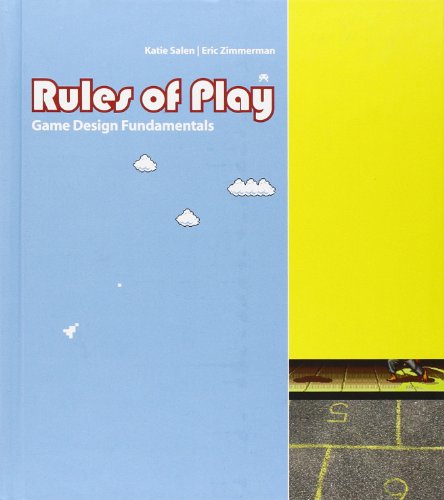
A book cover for Rules of Play: Game Design Fundamentals; Katie Salen Tekinbas; Humor & Entertainment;